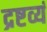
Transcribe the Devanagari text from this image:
द्रष्टव्यं